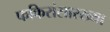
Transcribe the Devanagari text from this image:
फकिरांसारख्या